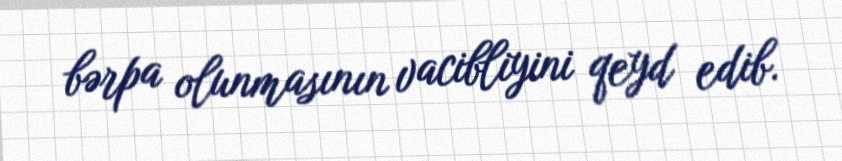
bərpa olunmasının vacibliyini qeyd edib.